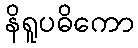
နိရူပဓိကော